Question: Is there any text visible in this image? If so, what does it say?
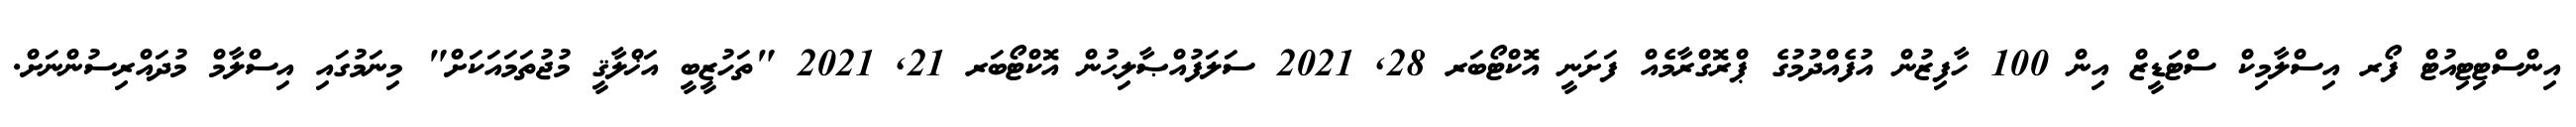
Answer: އިންސްޓިޓިއުޓް ފޯރ އިސްލާމިކް ސްޓަޑީޒް އިން 100 ހާފިޒުން އުފެއްދުމުގެ ޕްރޮގްރާމެއް ފަށަނީ އޮކްޓޯބަރ 28, 2021 ސަލަފުއްޞާލިޙުން އޮކްޓޯބަރ 21, 2021 "ތަހުޒީބީ އަޚްލާޤީ މުޖުތަމައަކަށް" މިނަމުގައި އިސްލާމް މުދައްރިސުންނަށް.